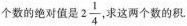
个数的绝对值是 2 \frac{1}{4} 求这两个数的积